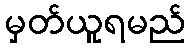
မှတ်ယူရမည်